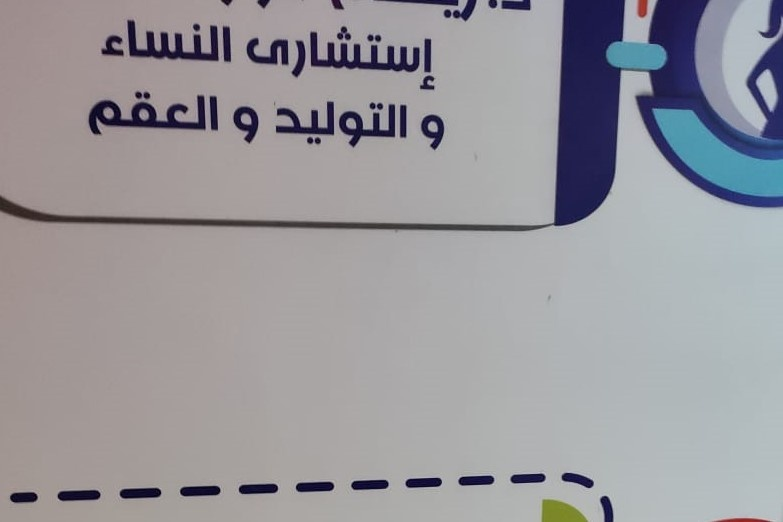
Text in image: النساء إستشارى والعقم والتوليد